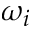
\omega _ { i }